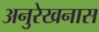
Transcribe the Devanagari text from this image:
अनुरेखनास